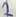
Text: 2